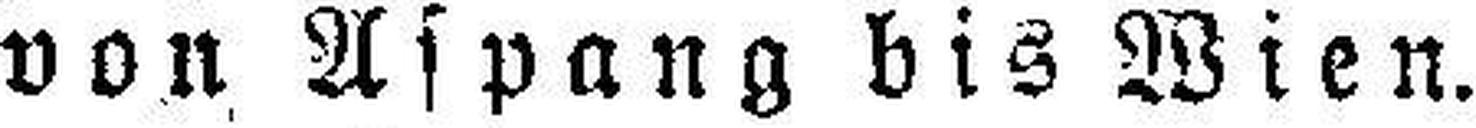
von Aspang bis Wien.